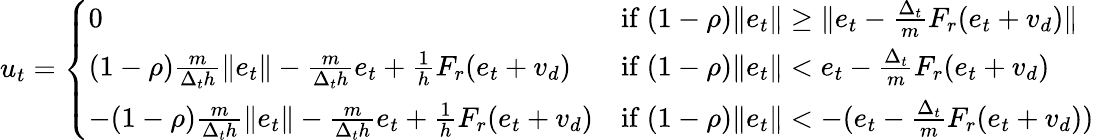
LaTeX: \begin{array}{r}{u_{t}=\left\{ \begin{array}{ll}{0}&{\mathrm{if~}(1-\rho)\| e_{t}\| \geq\| e_{t}-\frac{\Delta_{t}}{m}F_{r}(e_{t}+v_{d})\| }\\ {(1-\rho)\frac{m}{\Delta_{t}h}\| e_{t}\| -\frac{m}{\Delta_{t}h}e_{t}+\frac{1}{h}F_{r}(e_{t}+v_{d})}&{\mathrm{if~}(1-\rho)\| e_{t}\| <e_{t}-\frac{\Delta_{t}}{m}F_{r}(e_{t}+v_{d})}\\ {-(1-\rho)\frac{m}{\Delta_{t}h}\| e_{t}\| -\frac{m}{\Delta_{t}h}e_{t}+\frac{1}{h}F_{r}(e_{t}+v_{d})}&{\mathrm{if~}(1-\rho)\| e_{t}\| <-(e_{t}-\frac{\Delta_{t}}{m}F_{r}(e_{t}+v_{d}))}\end{array}\right.}\end{array}